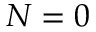
N = 0